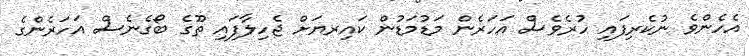
އެހެންވެ ނުކެރިފައި ހުރެވެސް އަހަރެން މަޑުމަޑުން ކައިރޔަށް ޖެހިލާފައި ތޫގެ ބޯގެނެސް އަހަރެންގެ